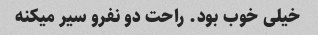
خیلی خوب بود. راحت دو نفرو سیر میکنه